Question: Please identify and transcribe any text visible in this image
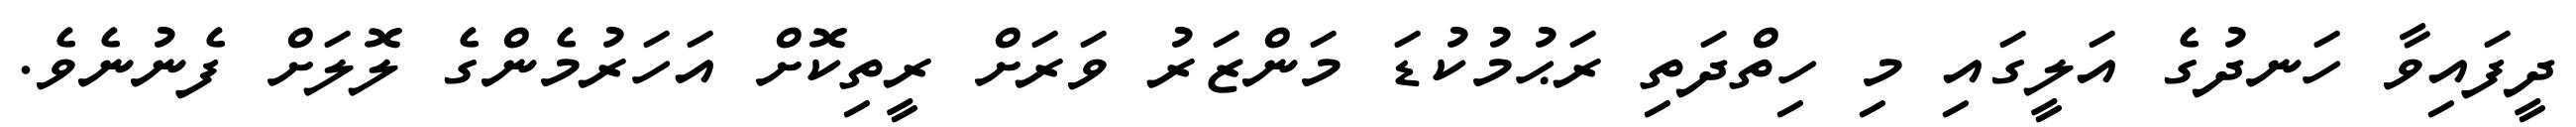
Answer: ދީފައިވާ ހަނދުގެ އަލީގައި މި ހިތްދަތި ރަޙުމުކުޑަ މަންޒަރު ވަރަށް ރީތިކޮށް އަހަރުމެންގެ ލޮލަށް ފެނުނެވެ.